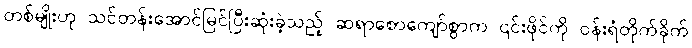
တစ်မျိုးဟု သင်တန်းအောင်မြင်ပြီးဆုံးခဲ့သည့် ဆရာစောကျော်စွာက ၎င်းဖိုင်ကို ဝန်းရံတိုက်ခိုက်